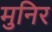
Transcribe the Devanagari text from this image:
मुनिर